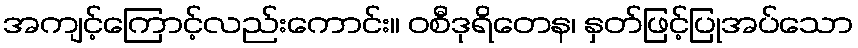
အကျင့်ကြောင့်လည်းကောင်း။ ဝစီဒုရိတေန၊ နှတ်ဖြင့်ပြုအပ်သော